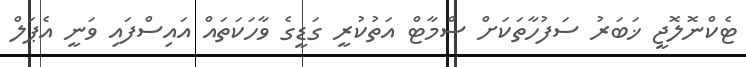
ޓެކްނޮލޮޖީ ޚަބަރު ސަފުހާތަކަށް ސްމާޓް އަތުކުރީ ގަޑީގެ ވާހަކަތައް އައިސްފައި ވަނީ އެޕަލް